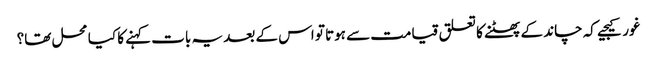
غور کیجیے کہ چاند کے پھٹنے کا تعلق قیامت سے ہوتا تو اس کے بعد یہ بات کہنے کا کیا محل تھا؟